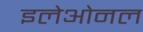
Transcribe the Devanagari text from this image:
इलेओनल